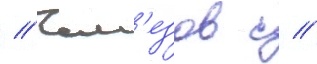
// Чем'езов с //